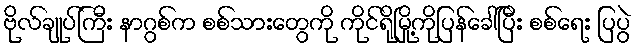
ဗိုလ်ချုပ်ကြီး နာဂွစ်က စစ်သားတွေကို ကိုင်ရိုမြို့ကိုပြန်ခေါ်ပြီး စစ်ရေး ပြပွဲ